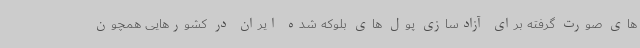
های صورت گرفته برای آزادسازی پول های بلوکه شده ایران در کشورهایی همچون